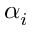
\alpha _ { i }